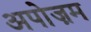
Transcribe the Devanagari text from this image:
अपोज़म